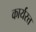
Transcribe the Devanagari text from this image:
कार्यरत्त